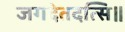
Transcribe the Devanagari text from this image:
जगदेतदत्सि॥